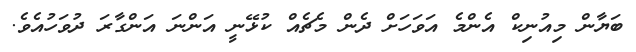
ބަޔާން މިއުނިކް އެންމެ އަވަހަށް ދެން މެޗެއް ކުޅޭނީ އަންނަ އަންގާރަ ދުވަހުއެވެ.